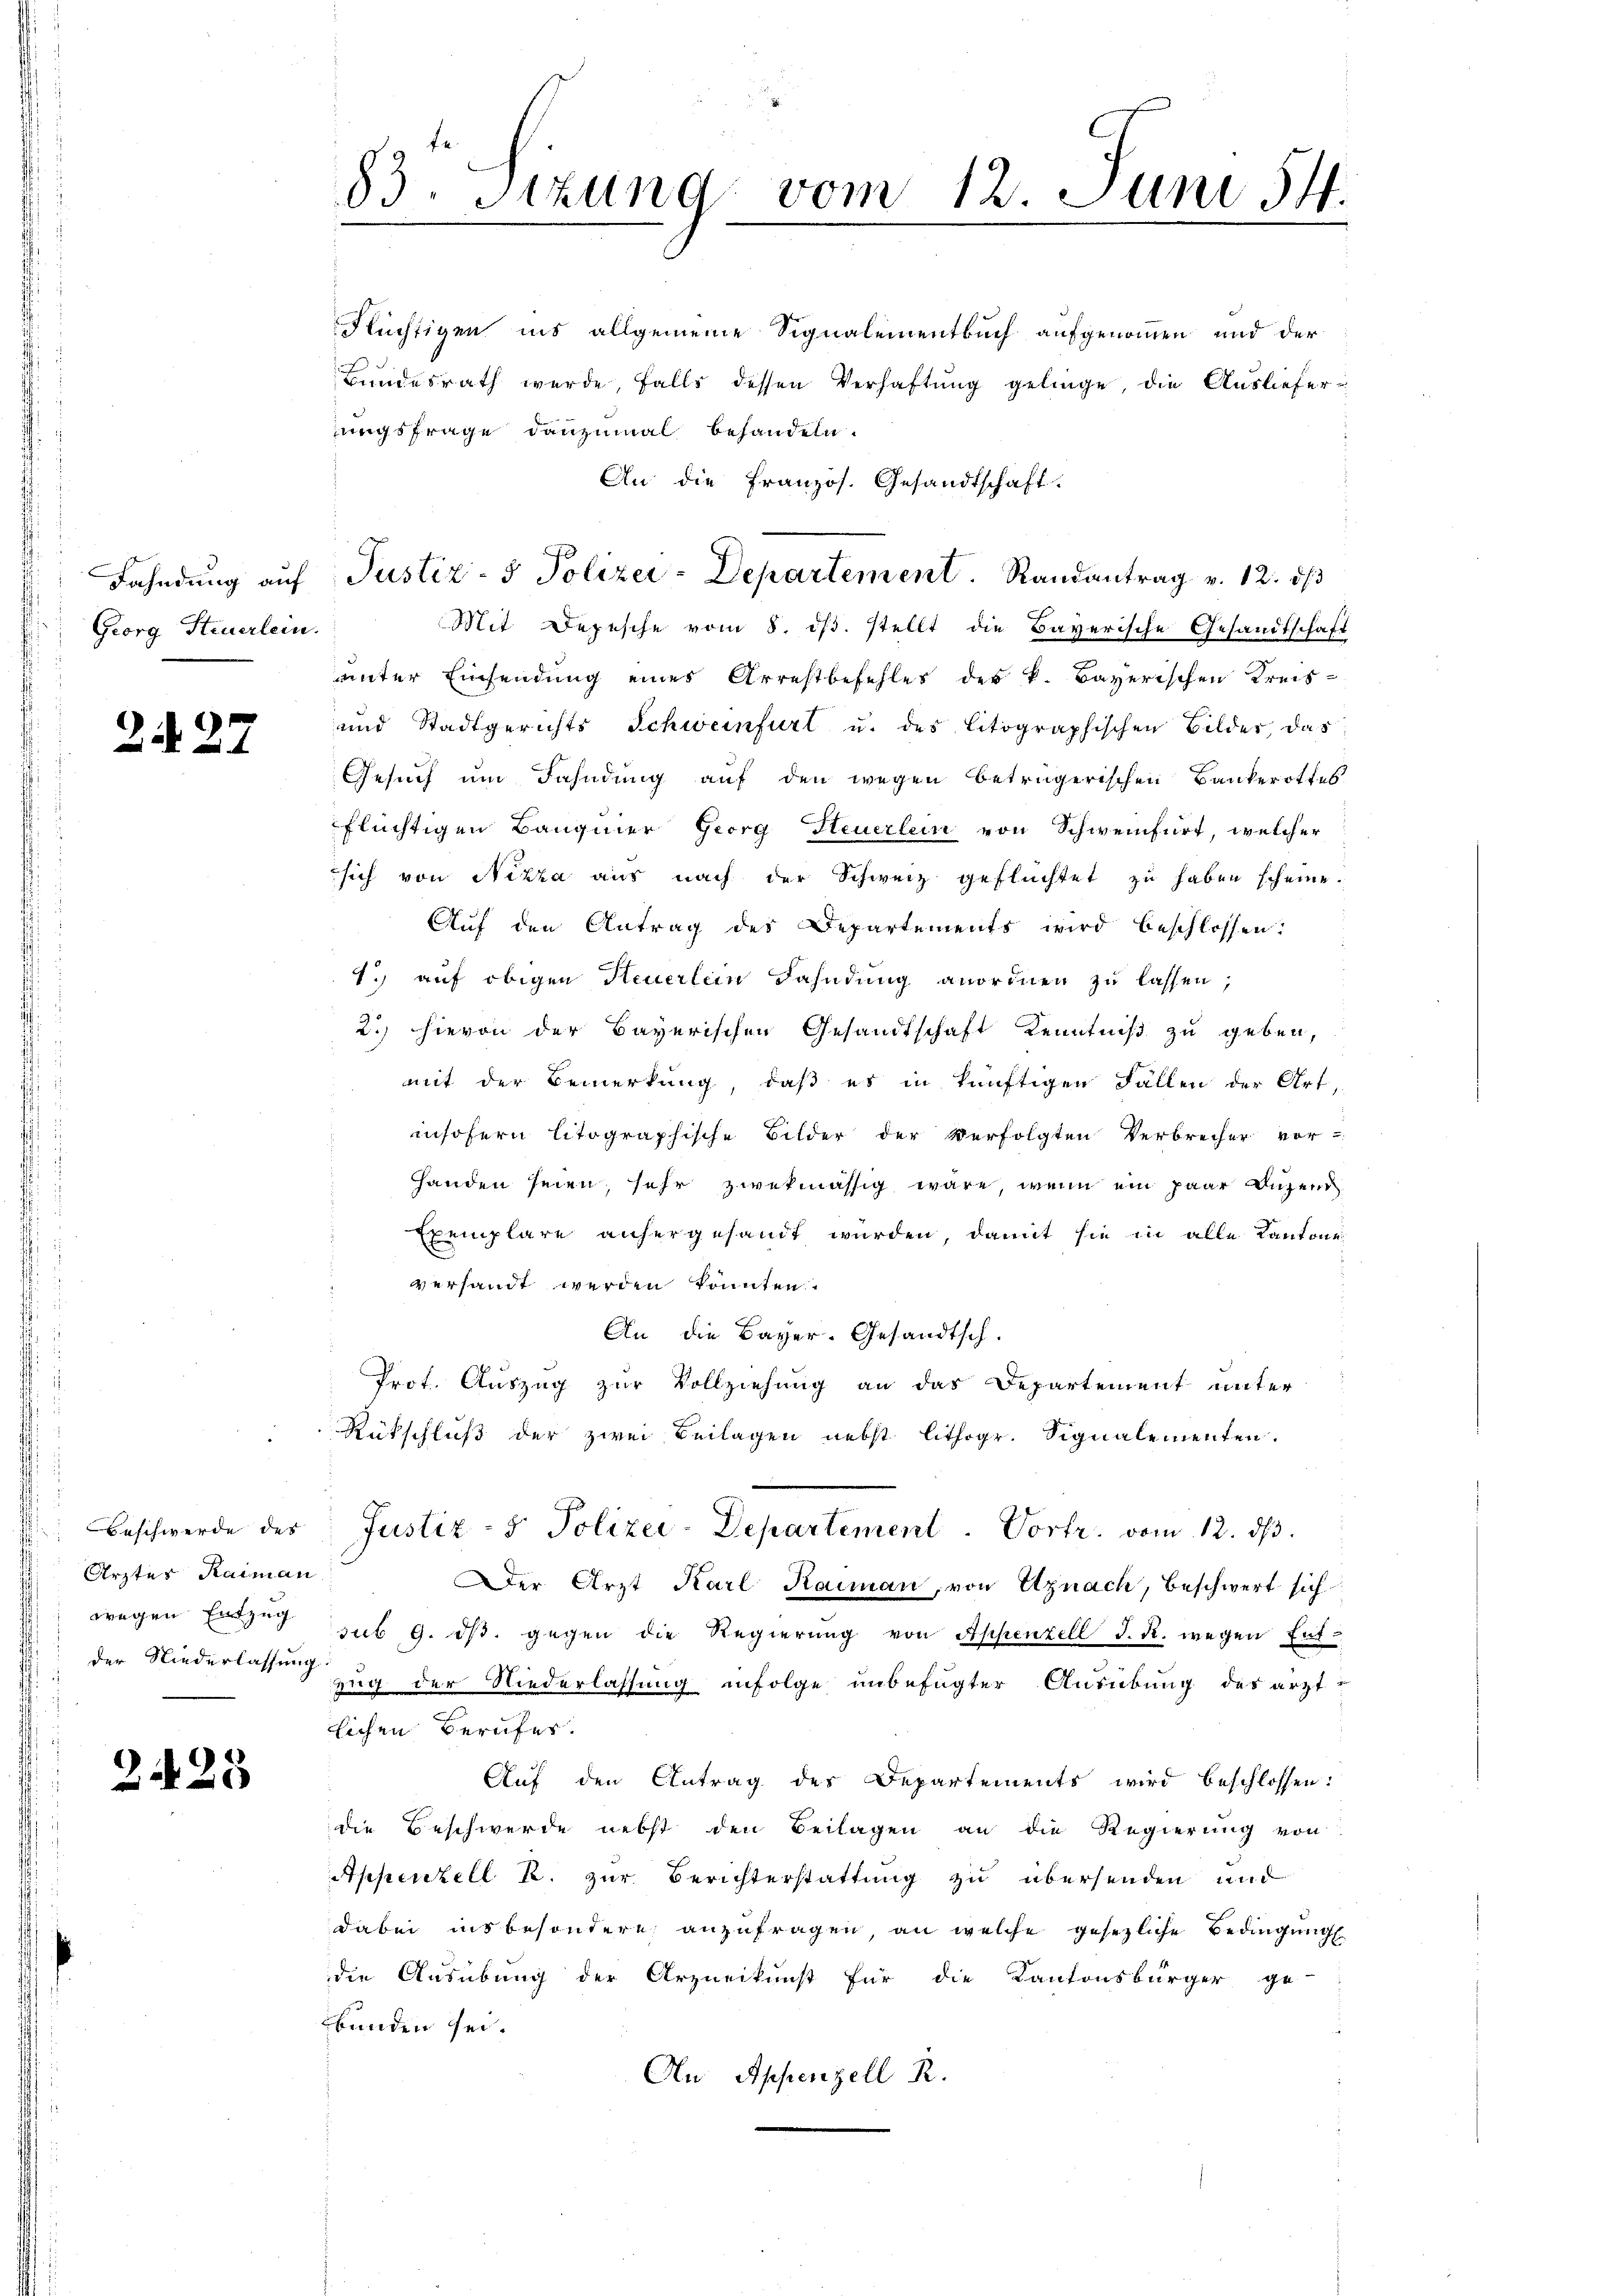
Fahndung auf
Georg Steuerlein.

2 d. 27.

Beschwerde des
Ärztes Raiman
wegen Entzug
der Niederlassung

2425

83. Sitzung vom 12. Juni 154.

Nüchtigen ins allgemeine Signalementbuch aufgenommen und der
Bundesrath wurde, falls dessen Verhaftung gelinge, die Auslieferungsfrage danzumal behandeln.
An die Französ. Gesandtschaft.
Mit Depesche vom 8. dβ. stellt die Bayerische Gesandtschaft
unter Einsendung eines Arrestbefehles der k. Bayerischen Kreis¬
und Stadtgerichts Schweinfurt u. des litographischen Bilder, das
Gesuch um Fahndung auf den wegen beträgerischen Bankerottes
flüchtigen Baugmer Georg Steuerlein von Schweinfurt, welcher
sich von Nizza aus nach der Schweiz geflüchtet zu haben scheine.
Aŭf den Antrag des Departements wird beschlossen:
1.) auf obigen Steuerlein Fahndung anordnen zu lassen,
2.) hievon der Bayerischen Gesandtschaft Kenntniß zu geben,
mit der Bemerkung, daß es in künftigen Fällen der Art,
insofern litographische Bilder der Verfolgten Verbrecher vor-
handen seien, sehr zwekmässig wäre, wenn ein paar Buzend
¬
Exemplare anhergesandt wurden, damit sie in alle Kantone
versandt werden könnten.
An die Bayer. Gesandtsch.
Prot. Auszug zur Vollziehung an das Departement unter
Rückschluß der zwei Beilagen nebst lithogr. Signalementen.
Justiz- & Polizei-Departement. Vortr. vom 12. ds.
Der Arzt Karl Raiman, von Uznach, beschwert sich
sub 9. ds. gegen die Regierung von Appenzell I. R. wegen Entzug der Niederlassung infolge unbefugter Ausübung des ärztlichen Berufes.
Auf den Antrag des Departements wird beschlossen:
die Beschwerde nebst den Beilagen an die Regierung von
Appenzell B. zur Berichterstattung zu übersenden und
dabei insbesondere anzufragen, an welche gesezliche Bedingung
die Ausübung der Arzneikunst für die Kantonsbürger ge-
bunden sei.
An Appenzell R.

Justiz- & Polizei-Departement. Randantrag v. 12. ds